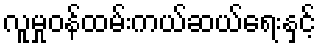
လူမှုဝန်ထမ်းကယ်ဆယ်ရေးနှင့်